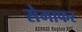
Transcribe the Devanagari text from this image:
सेमाफर